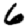
Digit: 6